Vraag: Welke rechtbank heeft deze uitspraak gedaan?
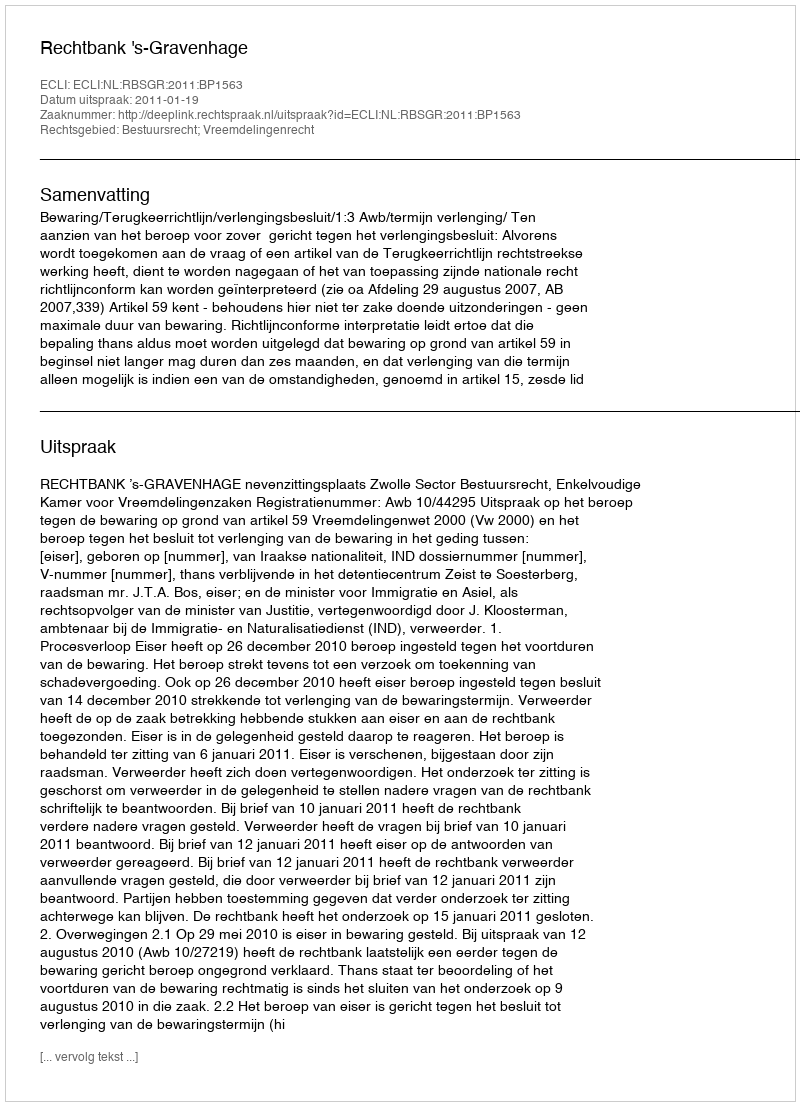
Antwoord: Rechtbank 's-Gravenhage